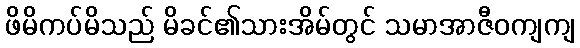
ဖိမိကပ်မိသည် မိခင်၏သားအိမ်တွင် သမာအာဇီဝကျကျ